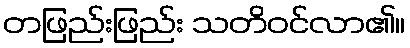
တဖြည်းဖြည်း သတိဝင်လာ၏။